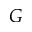
G